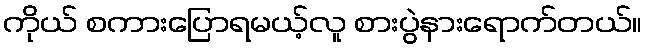
ကိုယ် စကားပြောရမယ့်လူ စားပွဲနားရောက်တယ်။